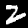
Label: 2